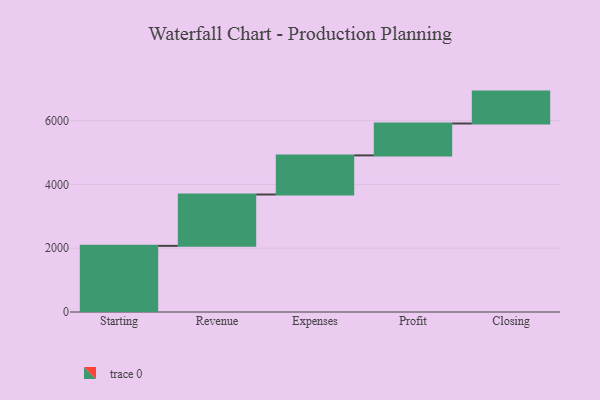
{"axis": {"x": "Step", "y": "Value"}, "legend": [""], "data": [{"x": "Starting", "y": 2074.0, "type": ""}, {"x": "Revenue", "y": 1610.0, "type": ""}, {"x": "Expenses", "y": 1226.0, "type": ""}, {"x": "Profit", "y": 1000, "type": ""}, {"x": "Closing", "y": 1000, "type": ""}]}